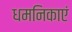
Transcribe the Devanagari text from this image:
धमनिकाएं